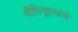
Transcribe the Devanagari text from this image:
नीतिमूल्यांचे